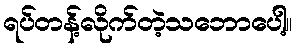
ရပ်တန့်လိုက်တဲ့သဘောပေါ့။